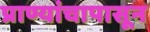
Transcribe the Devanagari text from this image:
प्राण्यांचापासून